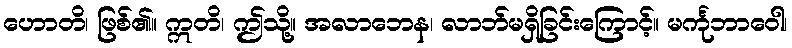
ဟောတိ၊ ဖြစ်၏။ ဣတိ၊ ဤသို့။ အလာဘေန၊ လာဘ်မရှိခြင်းကြောင့်။ မင်္ကုဘာဝေါ၊